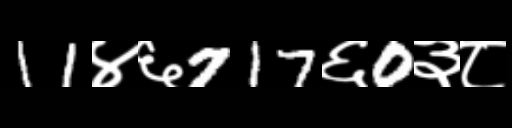
Text: 11४६717६0३८